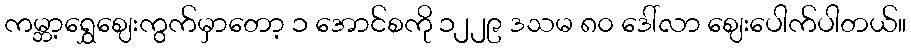
ကမ္ဘာ့ရွှေဈေးကွက်မှာတော့ ၁ အောင်စကို ၁၂၂၉ ဒသမ ၈၀ ဒေါ်လာ ဈေးပေါက်ပါတယ်။